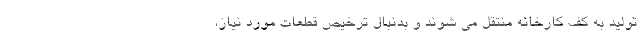
تولید به کف کارخانه منتقل می شوند و بدنبال ترخیص قطعات مورد نیاز،